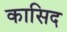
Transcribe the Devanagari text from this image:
कासिद